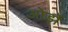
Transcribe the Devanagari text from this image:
ओर्ड़ो